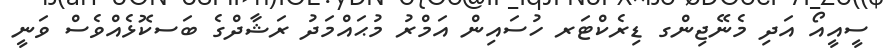
ސީއީއޯ އަދި މެނޭޖިންގ ޑިރެކްޓަރ ހުސައިން އަމްރު މުޙައްމަދު ރަޝާދްގެ ބަސކޮޅެއްވެސް ވަނީ